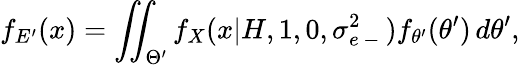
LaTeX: f_{E^{\prime}}(x)=\iint_{\Theta^{\prime}}f_{X}(x|H,1,0,\sigma_{e\mathrm{~-~}}^{2})f_{\theta^{\prime}}(\theta^{\prime})\, d\theta^{\prime},